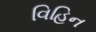
વિહિન